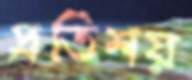
প্রতিশয়